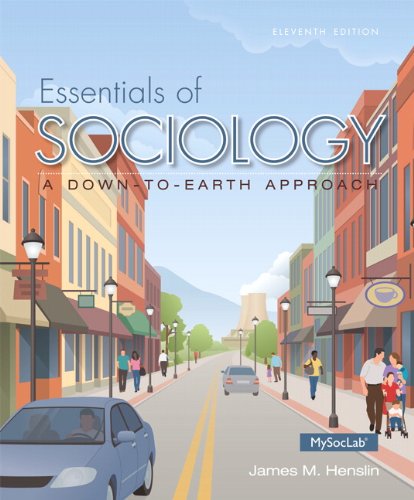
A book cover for Essentials of Sociology (11th Edition); James M. Henslin; Politics & Social Sciences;